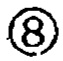
\textcircled{8}